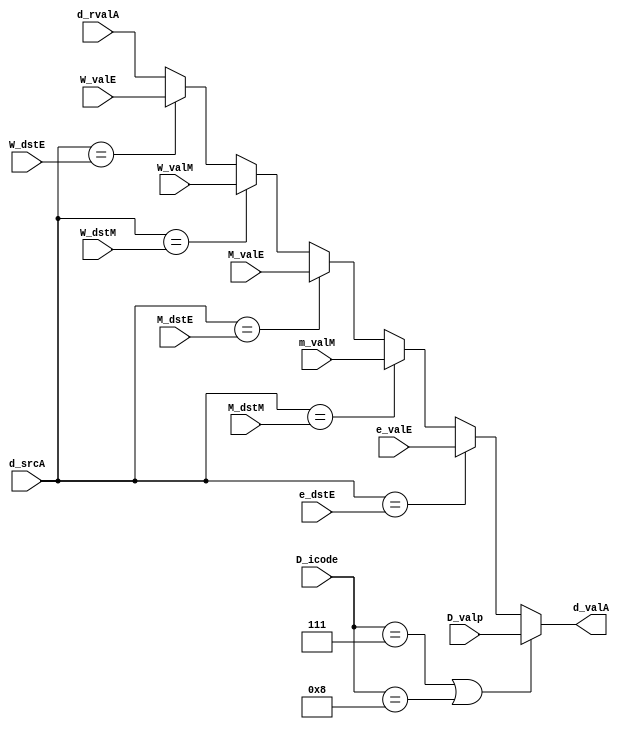
module selfwdA(d_rvalA, D_valp, W_valE, W_valM, m_valM, e_valE, d_srcA, W_dstE, W_dstM, M_dstM, M_dstE, e_dstE, M_valE, D_icode, d_valA);

input [63:0] d_rvalA, D_valp, W_valE, W_valM, m_valM, e_valE,M_valE;
input [3:0] D_icode,d_srcA, W_dstE, M_dstM, e_dstE, M_dstE, W_dstM;

output reg [63:0] d_valA;

always@(*)
begin
if(D_icode == 4'h7 || D_icode == 4'h8)
begin
    d_valA = D_valp;
end
else if(d_srcA == e_dstE)
begin
    d_valA = e_valE;
end
else if(d_srcA == M_dstM)
begin
    d_valA = m_valM;
end
else if(d_srcA == M_dstE)
begin
    d_valA = M_valE;
end
else if(d_srcA == W_dstM)
begin
    d_valA = W_valM;
end
else if(d_srcA == W_dstE)
begin
    d_valA = W_valE;
end
else
begin
    d_valA = d_rvalA;
end
end

endmodule 


module fwdB(d_rvalB, W_valE, W_valM, m_valM, e_valE, d_srcB, W_dstE, W_dstM, M_dstM, M_dstE, e_dstE, M_valE, d_valB);

input [63:0] d_rvalB, W_valE, W_valM, m_valM, e_valE,M_valE;
input [3:0]  d_srcB, W_dstE, M_dstM, e_dstE, M_dstE, W_dstM;

output reg [63:0] d_valB;

always@(*)begin
    
if(d_srcB == e_dstE)
begin
    d_valB = e_valE;
end
else if(d_srcB == M_dstM)
begin
    d_valB = m_valM;
end
else if(d_srcB == M_dstE)
begin
    d_valB = M_valE;
end
else if(d_srcB == W_dstM)
begin
    d_valB = W_valM;
end
else if(d_srcB == W_dstE)
begin
    d_valB = W_valE;
end
else
begin
    d_valB = d_rvalB;
end

end

endmodule